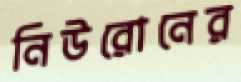
নিউরোনের